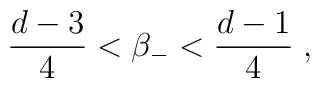
\frac{d-3}{4}<\beta _{-}<\frac{d-1}{4}\;,